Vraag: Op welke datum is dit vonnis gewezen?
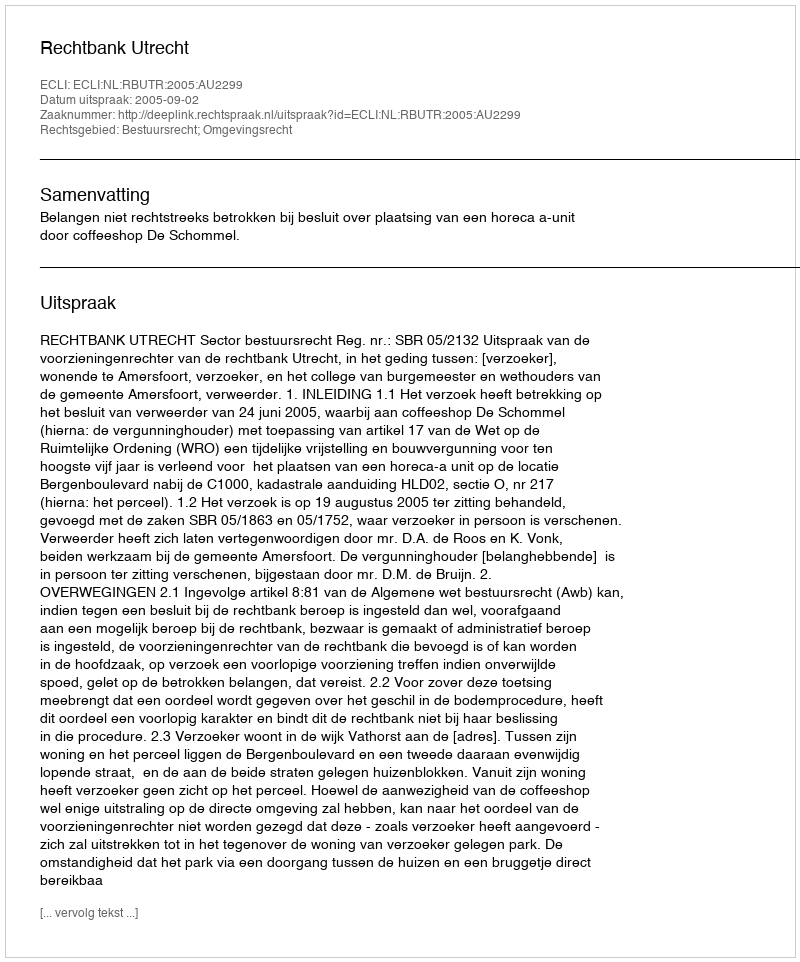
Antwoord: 2005-09-02